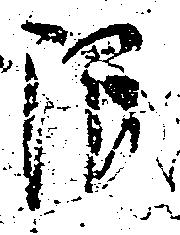
限